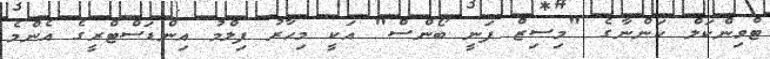
ޓްވިންކަލް ކަންނާގެ "މިސިޒް ފަނީ ބޯންސް" އަކީ މިހާރު ފިލްމު އިންޑަސްޓްރީގެ އެންމެ